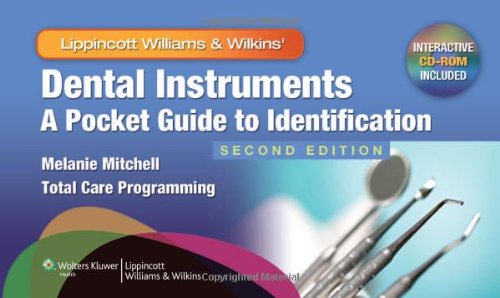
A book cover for Dental Instruments: A Pocket Guide to Identification; Melanie Mitchell CDA  BGS; Medical Books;